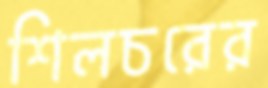
শিলচরের